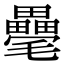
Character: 𣰸